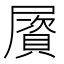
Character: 𡳠